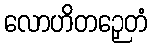
လောဟိတဉှေတံ